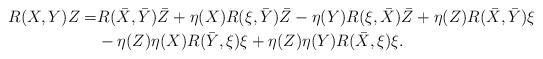
LaTeX: \begin{align*}R(X ,Y)Z= & R(\bar X,\bar Y)\bar Z+\eta(X)R(\xi,\bar Y)\bar Z-\eta(Y)R(\xi,\bar X)\bar Z +\eta(Z)R(\bar X,\bar Y)\xi\\ & -\eta(Z)\eta(X)R(\bar Y,\xi)\xi+\eta(Z)\eta(Y)R(\bar X,\xi)\xi.\end{align*}